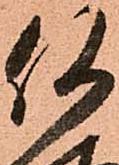
何